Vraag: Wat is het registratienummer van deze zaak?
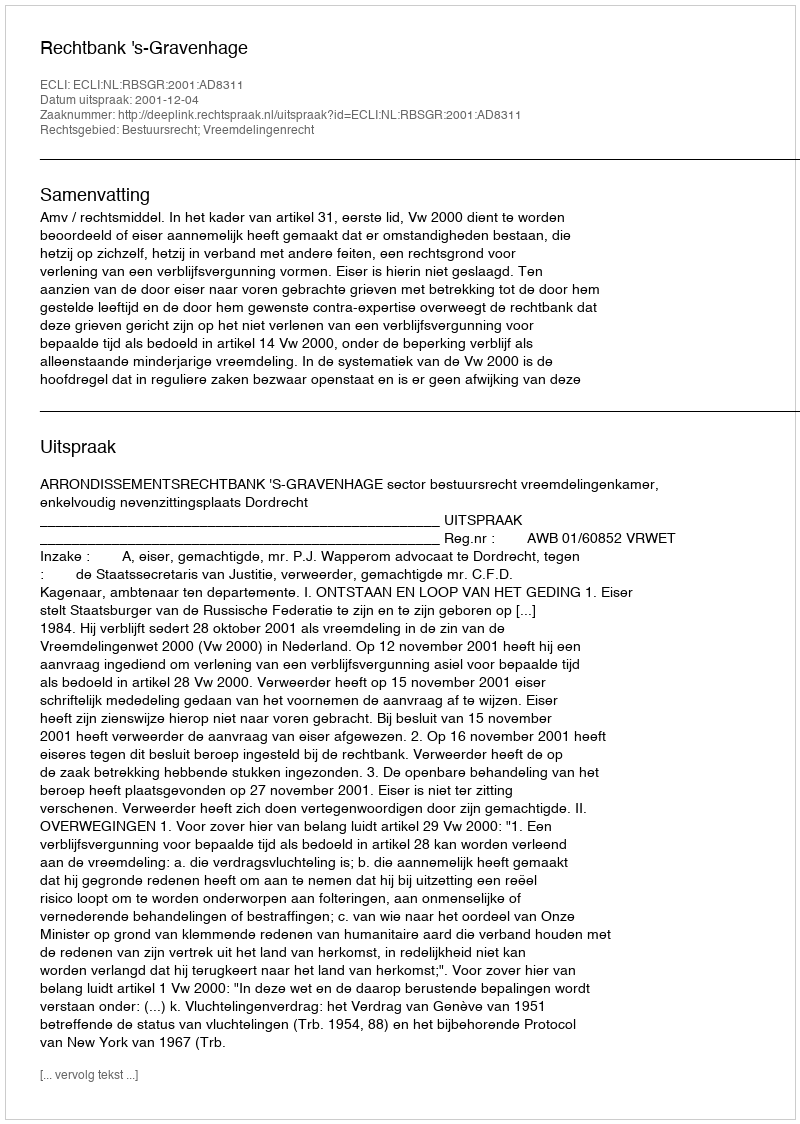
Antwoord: http://deeplink.rechtspraak.nl/uitspraak?id=ECLI:NL:RBSGR:2001:AD8311